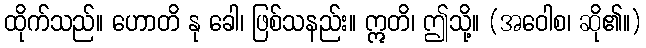
ထိုက်သည်။ ဟောတိ နု ခေါ၊ ဖြစ်သနည်း။ ဣတိ၊ ဤသို့။ (အဝေါစ၊ ဆို၏။)